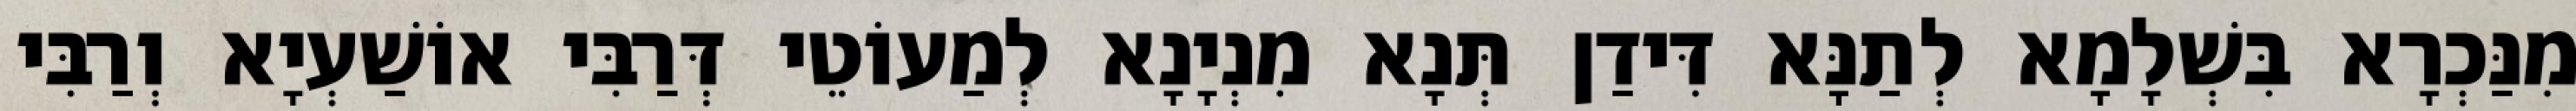
מִנַּכְרָא בִּשְׁלָמָא לְתַנָּא דִּידַן תְּנָא מִנְיָנָא לְמַעוֹטֵי דְּרַבִּי אוֹשַׁעְיָא וְרַבִּי